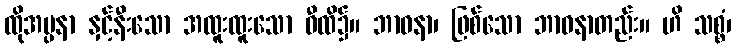
ထိုအပ္ပနာ နှင့်နီးသော အထူးထူးသော ဝီထိ၌။ ဘာဝနာ၊ ဖြစ်သော ဘာဝနာတည်း။ ဟိ သစ္စံ၊